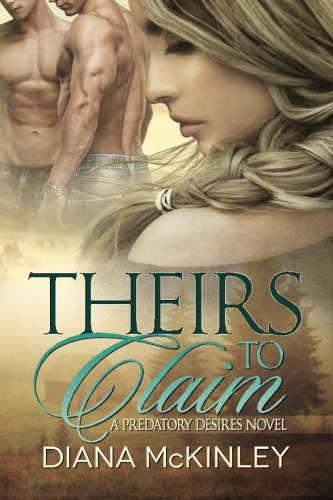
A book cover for Theirs To Claim (Predatory Desires) (Volume 1); Diana McKinley; Romance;